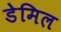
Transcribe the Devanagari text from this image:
डेमिल